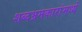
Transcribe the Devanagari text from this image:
शब्दभ्रमकारांमध्ये